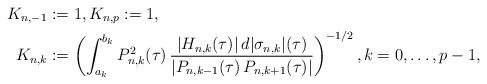
LaTeX: \begin{align*}K_{n,-1} & :=1,K_{n,p}:=1,\\K_{n,k} & :=\left(\int_{a_{k}}^{b_{k}}P_{n,k}^{2}(\tau)\,\frac{|H_{n,k}(\tau)|\,d|\sigma_{n,k}|(\tau)}{|P_{n,k-1}(\tau)\,P_{n,k+1}(\tau)|}\right)^{-1/2},k=0,\ldots,p-1,\end{align*}